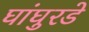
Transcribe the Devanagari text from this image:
घांघुरडे